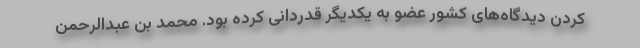
کردن دیدگاه‌های کشور عضو به یکدیگر قدردانی کرده بود. محمد بن عبدالرحمن